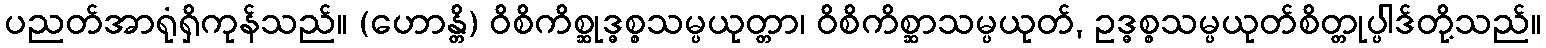
ပညတ်အာရုံရှိကုန်သည်။ (ဟောန္တိ) ဝိစိကိစ္ဆုဒ္ဓစ္စသမ္ပယုတ္တာ၊ ဝိစိကိစ္ဆာသမ္ပယုတ်, ဥဒ္ဓစ္စသမ္ပယုတ်စိတ္တုပ္ပါဒ်တို့သည်။